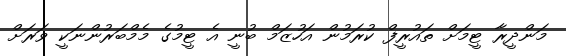
މަންދީރާ ޓީމަށް ތައުރީފް ކުރަމުން އަހުޒަމް ބުނީ އެ ޓީމުގެ މެމްބަރުންނަކީ ވަރަށް